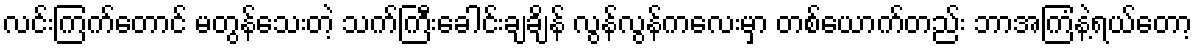
လင်းကြက်တောင် မတွန်သေးတဲ့ သက်ကြီးခေါင်းချချိန် လွန်လွန်ကလေးမှာ တစ်ယောက်တည်း ဘာအကြံနဲ့ရယ်တော့